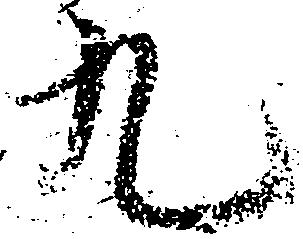
九